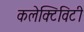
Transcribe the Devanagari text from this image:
कलेक्टिविटी